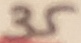
Text: 35